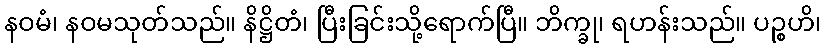
နဝမံ၊ နဝမသုတ်သည်။ နိဋ္ဌိတံ၊ ပြီးခြင်းသို့ရောက်ပြီ။ ဘိက္ခု၊ ရဟန်းသည်။ ပဉ္စဟိ၊